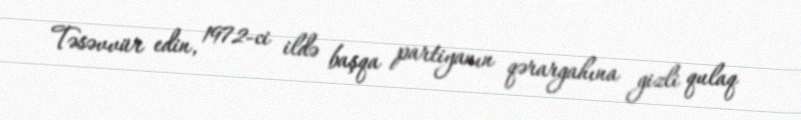
Təsəvvür edin, 1972-ci ildə başqa partiyanın qərargahına gizli qulaq